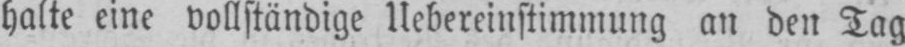
halte eine vollständige Uebereinstimmung an den Tag